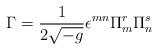
LaTeX: \begin{align*}\Gamma = \frac{1}{2 \sqrt{-g}} \epsilon^{mn} \Pi_m^r \Pi_n^s\end{align*}